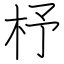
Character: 杼